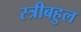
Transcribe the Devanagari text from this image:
स्त्रीबहुल